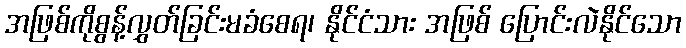
အဖြစ်ကိုစွန့်လွှတ်ခြင်းမခံစေရ၊ နိုင်ငံသား အဖြစ် ပြောင်းလဲနိုင်သော